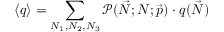
\langle q \rangle = \sum _ { N _ { 1 } , N _ { 2 } , N _ { 3 } } \mathcal { P } ( \vec { N } ; N ; \vec { p } ) \cdot q ( \vec { N } )